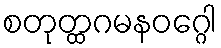
စတုတ္ထဂမနဝဂ္ဂေါ